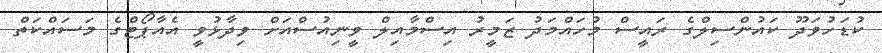
ކުޑަހުވަދޫ ކައުންސިލްގެ ރައީސް މުހައްމަދު ޒަމީރު އިސްމާއިލް ވީނިއުސްއަށް ވިދާޅުވީ އެއާޕޯޓްގެ މަސައްކަތް